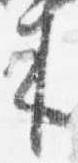
来